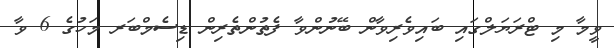
ވީމާ މި ޓްރަޔަލްގައި ބައިވެރިވާން ބޭނުންވާ ފެތުންތެރިން ޑިސެމްބަރ މަހުގެ 6 ވާ